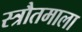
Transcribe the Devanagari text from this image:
स्त्रौतमाला